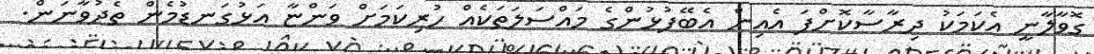
ގޮވާލާނީ އެކަމަކު ދިރާސާކޮށްފަ އެއިން އެބޭފުޅުންގެ މައްސަލަތަކެއް ހުރިކަމަށް ވަންޏާ އަޅުގަނޑުމެން ތެދުވާނަން.